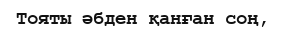
Тояты әбден қанған соң,